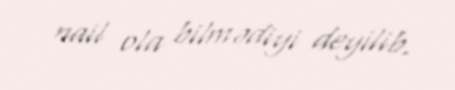
nail ola bilmədiyi deyilib.